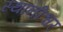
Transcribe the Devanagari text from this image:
स्थानीश्वर